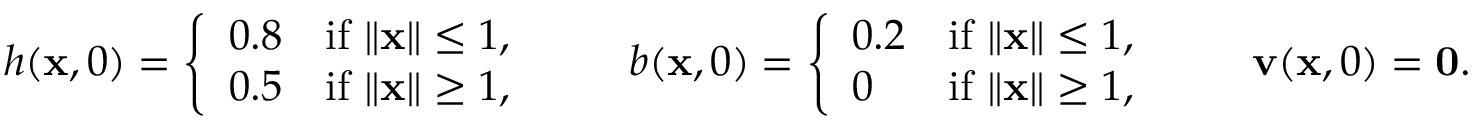
h ( \mathbf { x } , 0 ) = \left\lbrace \begin{array} { l r } { 0 . 8 } & { \mathrm { i f } \, \left\| \mathbf { x } \right\| \leq 1 , } \\ { 0 . 5 } & { \mathrm { i f } \, \left\| \mathbf { x } \right\| \ge 1 , } \end{array} \right. \qquad b ( \mathbf { x } , 0 ) = \left\lbrace \begin{array} { l r } { 0 . 2 } & { \mathrm { i f } \, \left\| \mathbf { x } \right\| \leq 1 , } \\ { 0 } & { \mathrm { i f } \, \left\| \mathbf { x } \right\| \ge 1 , } \end{array} \right. \qquad \mathbf { v } ( \mathbf { x } , 0 ) = \mathbf { 0 } .